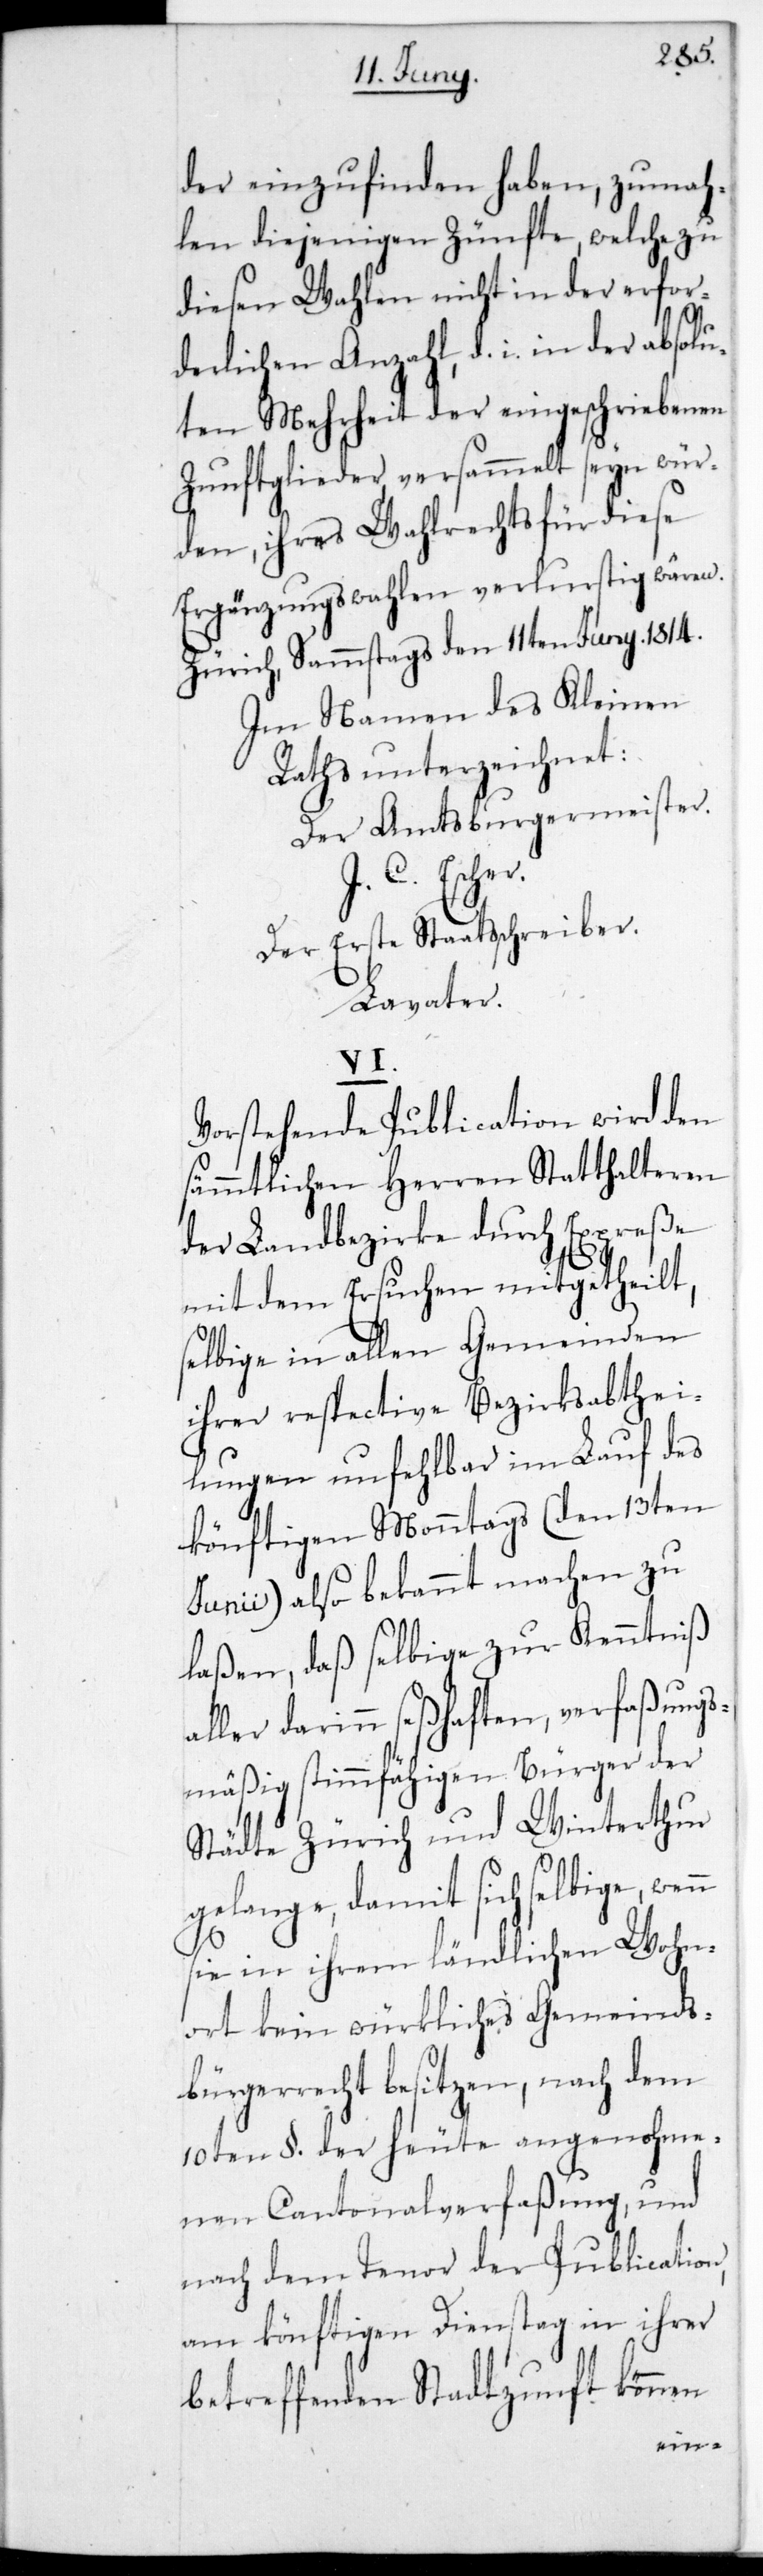
der einzufinden haben, zumah¬
len diejenigen Zünfte, welche zu
diesen Wahlen nicht in der erfor¬
derlichen Anzahl, d.h. in der absolu¬
ten Mehrheit der eingeschriebenen
Zunftglieder versammelt sein wür¬
den, ihres Wahlrechts für diese
Ergänzungswahlen verlustig wären.
Zürich, Sammstags den 11ten Juny 1814.
Im Namen des Kleinen
Raths unterzeichnet:
Der Amtsburgermeister.
J. C. Esche¬
Der Erste Staatsschreiber.
Lavater.
n
Vorstehende Publication wird den
sämmtlichen Herren Statthalteren
der Landbezirke durch Expreße
mit dem Ersuchen mitgetheilt,
selbige in allen Gemeinden
ihrer respective Bezirksabthei¬
lungen unfehlbar im Lauf des
könftigen Montags (den 13ten
Junii) also bekannt machen zu
laßen, daß selbige zur Kenntniß
aller darinn seßhaften, verfaßungs¬
mäßig stimmfähigen Bürger der
Städte Zürich und Winterthur
gelange, damit sich selbige, wen¬
sie in ihrem ländlichen Wohn¬
ort kein würkliches Gemeinds¬
bürgerrecht besitzen, nach dem
10ten §. der heute angenohme¬
nen Cantonalverfaßung, und
nach dem Tenor der Publication,
am könftigen Dienstag in ihrer
betreffenden Stadtzunft können